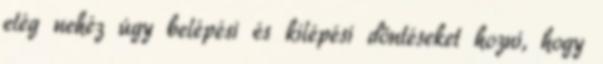
elég nehéz úgy belépési és kilépési döntéseket hozni, hogy